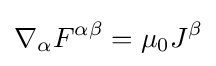
\nabla _{\alpha }F^{\alpha \beta }=\mu _{0}J^{\beta }